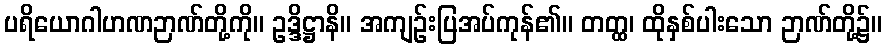
ပရိယောဂါဟဏဉာဏ်တို့ကို။ ဥဒ္ဒိဋ္ဌာနိ။ အကျဉ်းပြအပ်ကုန်၏။ တတ္ထ၊ ထိုနှစ်ပါးသော ဉာဏ်တို့၌။